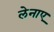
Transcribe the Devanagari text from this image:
लेनाए